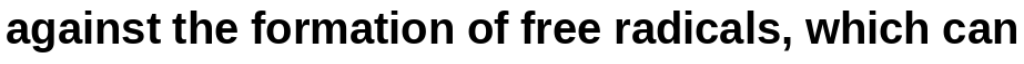
against the formation of free radicals, which can